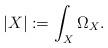
LaTeX: \begin{align*} |X| := \int_X \Omega_X.\end{align*}